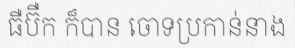
ធឺប៊ឺក ក៏បាន ចោទប្រកាន់នាង